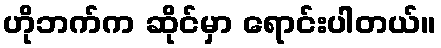
ဟိုဘက်က ဆိုင်မှာ ရောင်းပါတယ်။